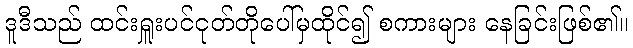
ဒူဒီသည် ထင်းရှူးပင်ငုတ်တိုပေါ်မှထိုင်၍ စကားများ နေခြင်းဖြစ်၏။